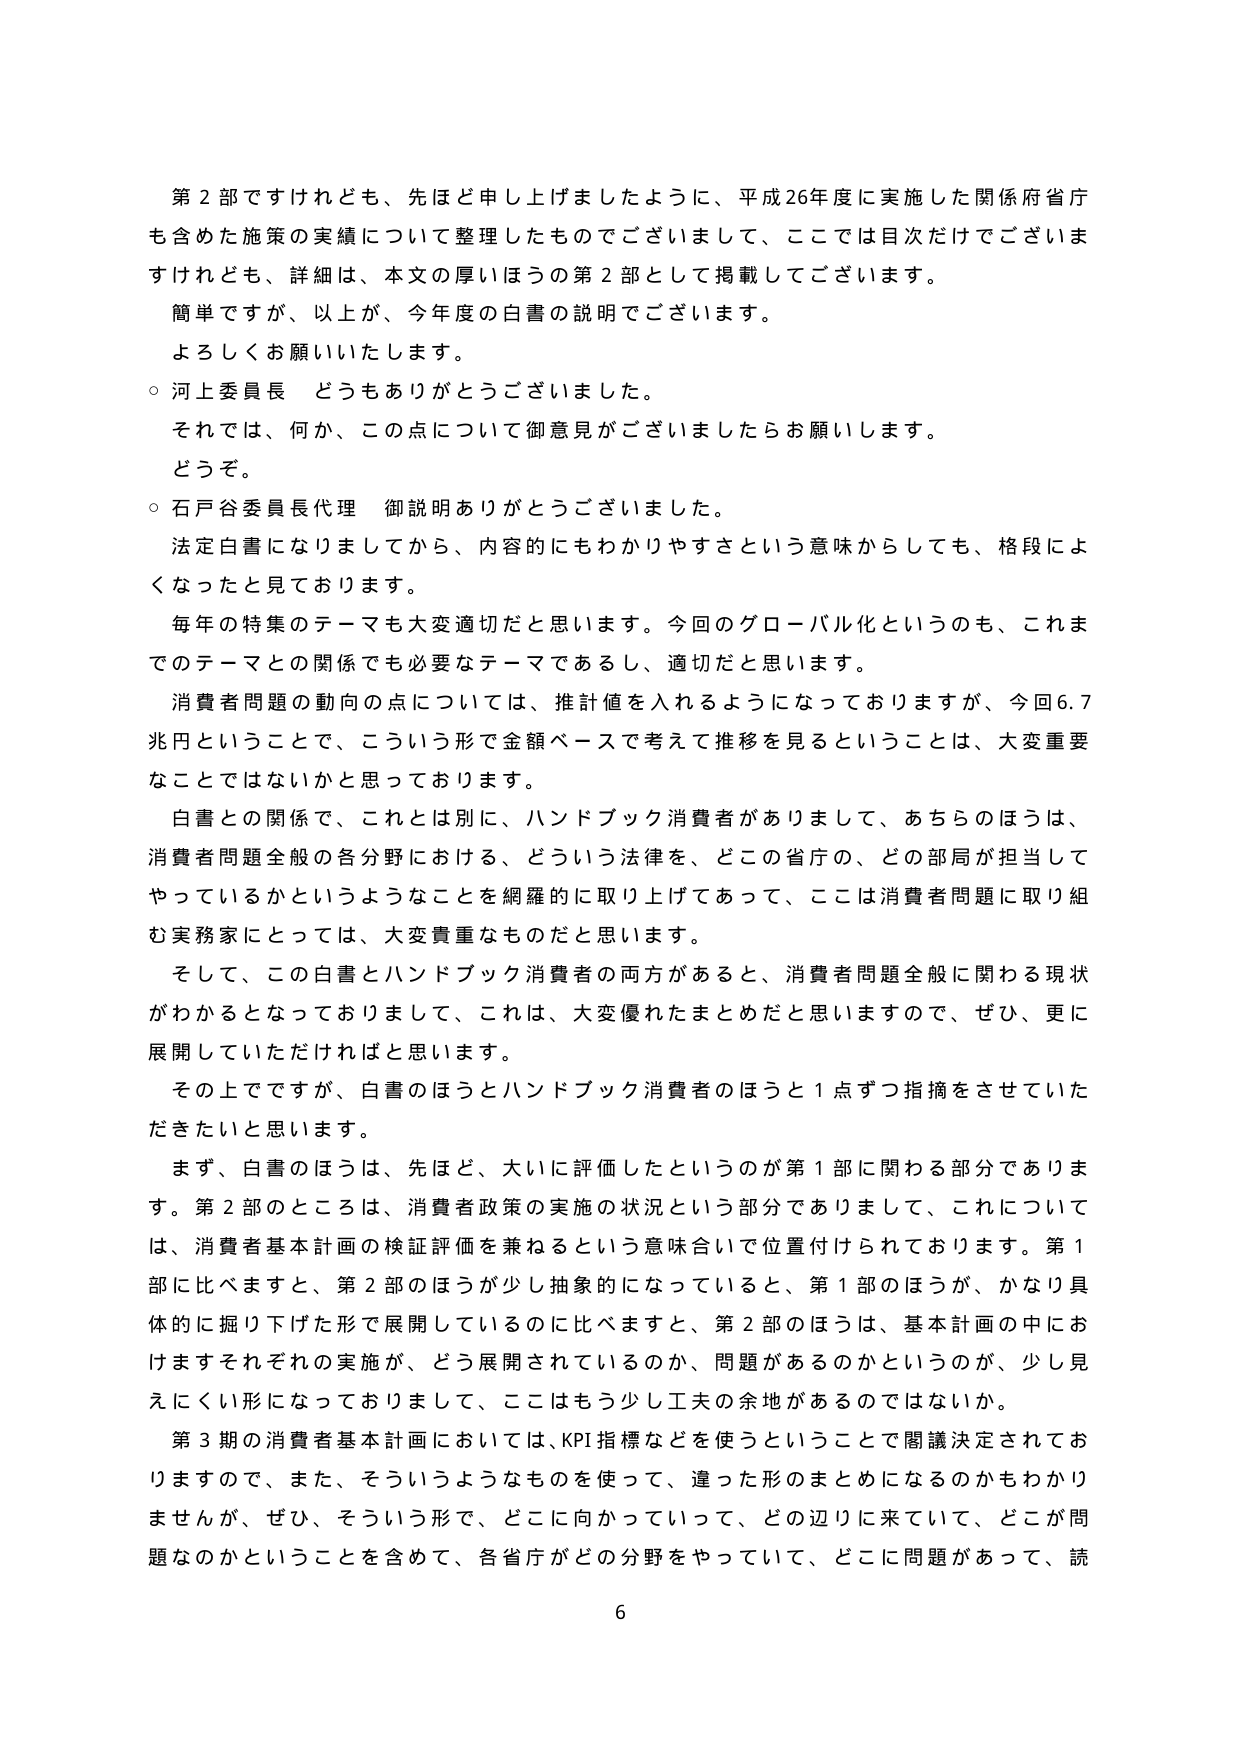
第２部ですけれども、先ほど申し上げましたように、平成26年度に実施した関係府省庁も含めた施策の実績について整理したものでございまして、ここでは目次だけでございますけれども、詳細は、本文の厚いほうの第２部として掲載しております。
簡単ですが、以上が、今年度の白書の説明でございます。
よろしくお願いいたします。
○ 河上委員長 どうもありがとうございました。
それでは、何か、この点について御意見がございましたらお願いします。
どうぞ。
○ 石戸谷委員長代理 御説明ありがとうございました。
法定白書になりましたから、内容的にもわかりやすさという意味からしても、格段によくなったと見ております。
毎年の特集のテーマも大変適切だと思います。今回のグローバル化というのも、これまでのテーマとの関係でも必要なテーマであるし、適切だと思います。
消費者問題の動向の点については、推計値を入れるようになっておりますが、今回6.7兆円ということで、こういう形で金額ベースで考えて推移を見るということは、大変重要なことではないかと思っております。
白書との関係で、これとは別に、ハンドブック消費者が有りまして、あちらのほうは、消費者問題全般の各分野における、どういう法律を、どの省庁の、どの部局が担当してやっているかというようなことを網羅的に取り上げてあって、ここは消費者問題に取り組む実務家にとっては、大変貴重なものだと思います。
そして、この白書とハンドブック消費者の両方があると、消費者問題全般に関わる現状がわかるとなっておりまして、これは、大変優れたまとめだと思いますので、ぜひ、更に展開していただければと思います。
その上でですが、白書のほうとハンドブック消費者のほうと１点ずつ指摘をさせていただきたいと思います。
まず、白書のほうは、先ほど、大いに評価したというのが第１部に関わる部分であります。第２部のところは、消費者政策の実施の状況という部分でありまして、これについては、消費者基本計画の検証評価を兼ねるという意味合いでの位置付けられております。第１部に比べますと、第２部のほうが少し抽象的になっていると、第１部のほうが、かなり具体的に掘り下げた形で展開しているのに比べますと、第２部のほうは、基本計画の中におけますそれぞれの実施が、どう展開されているのか、問題があるのかというのが、少し見えにくい形になっておりまして、ここはもう少し工夫の余地があるのではないでしょうか。
第３期の消費者基本計画においては、KPI指標などを使うということで閣議決定されておりますので、また、そういうようなものを使って、違った形のまとめになるのかもわかりませんが、ぜひ、そういう形で、どこに向かっていって、どの辺りに来ていて、どこが問題なのかということを含めて、各省庁がどの分野をやっていて、どこに問題があって、読
6